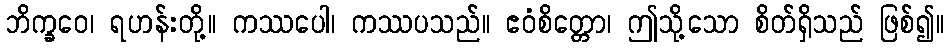
ဘိက္ခဝေ၊ ရဟန်းတို့။ ကဿပေါ၊ ကဿပသည်။ ဧဝံစိတ္တော၊ ဤသို့သော စိတ်ရှိသည် ဖြစ်၍။